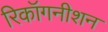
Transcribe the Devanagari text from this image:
रिकॉगनीशन